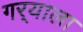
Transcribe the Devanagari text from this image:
गर्‍याला